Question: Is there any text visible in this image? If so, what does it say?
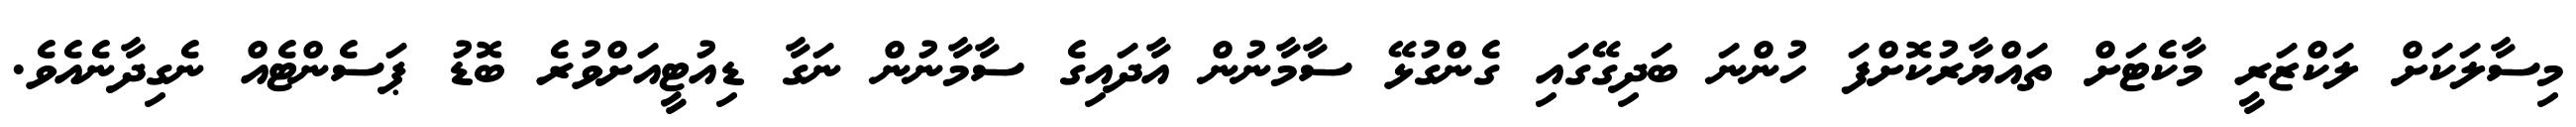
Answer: މިސާލަކަށް ލަކްޒަރީ މާކެޓަށް ތައްޔާރުކޮށްފަ ހުންނަ ބަދިގޭގައި ގެންގުޅޭ ސާމާނުން އާދައިގެ ސާމާނުން ނަގާ ޑިއުޓީއަށްވުރެ ބޮޑު ޕަސެންޓެއް ނެގިދާނެއެވެ.